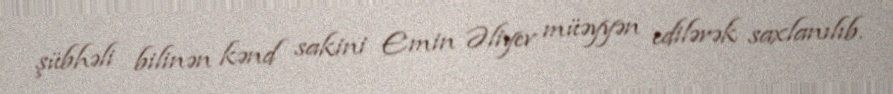
şübhəli bilinən kənd sakini Emin Əliyev müəyyən edilərək saxlanılıb.